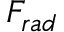
F _ { r a d }